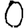
Digit: 0